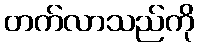
တက်လာသည်ကို